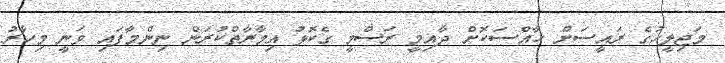
މަޖިލީހުގެ ރައީސަށް ހާއްސަކޮށް ދާއިމީ ރަސްމީ ގެކޮޅު އިމާރާތްކުރަން ނިންމާފައި ވަނީ މިހާރު